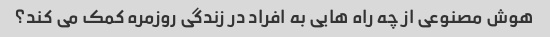
هوش مصنوعی از چه راه هایی به افراد در زندگی روزمره کمک می کند؟